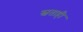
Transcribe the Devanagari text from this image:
स्वताही